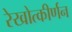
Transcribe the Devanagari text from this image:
रेखोत्कीर्णन